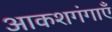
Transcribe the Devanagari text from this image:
आकशगंगाएँ